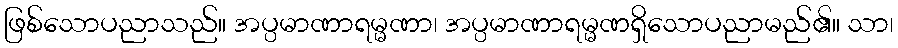
ဖြစ်သောပညာသည်။ အပ္ပမာဏာရမ္မဏာ၊ အပ္ပမာဏာရမ္မဏရှိသောပညာမည်၏။ သာ၊